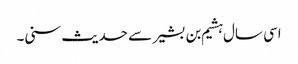
اسی سال ہشیم بن بشیر سے حدیث سنی۔